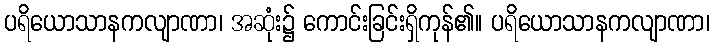
ပရိယောသာနကလျာဏာ၊ အဆုံး၌ ကောင်းခြင်းရှိကုန်၏။ ပရိယောသာနကလျာဏာ၊